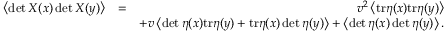
\begin{array} { r l r } { \left\langle \operatorname* { d e t } X ( x ) \operatorname* { d e t } X ( y ) \right\rangle } & { = } & { v ^ { 2 } \left\langle \mathrm { t r } \eta ( x ) \mathrm { t r } \eta ( y ) \right\rangle } \\ & { } & { + v \left\langle \operatorname* { d e t } \eta ( x ) \mathrm { t r } \eta ( y ) + \mathrm { t r } \eta ( x ) \operatorname* { d e t } \eta ( y ) \right\rangle + \left\langle \operatorname* { d e t } \eta ( x ) \operatorname* { d e t } \eta ( y ) \right\rangle . } \end{array}